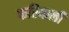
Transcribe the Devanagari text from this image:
फरियाली